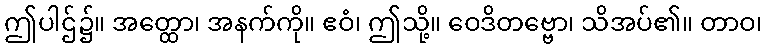
ဤပါဌ်၌။ အတ္ထော၊ အနက်ကို။ ဧဝံ၊ ဤသို့။ ဝေဒိတဗ္ဗော၊ သိအပ်၏။ တာဝ၊